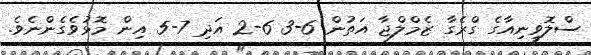
ސްލޮވީނިއާގެ ގްރެގާ ޒެމްލްޖާ އަތުން 6-3 6-2 އަދި 7-5 އިން މޮޅުވެގެންނެވެ.